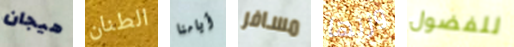
هيجان الطنان أيامنا مسافر وزنها للفضول